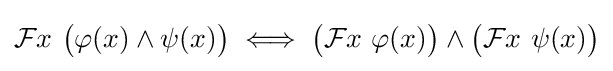
{\mathcal {F}}x\ {\big (}\varphi (x)\land \psi (x){\big )}\iff {\big (}{\mathcal {F}}x\ \varphi (x){\big )}\land {\big (}{\mathcal {F}}x\ \psi (x){\big )}